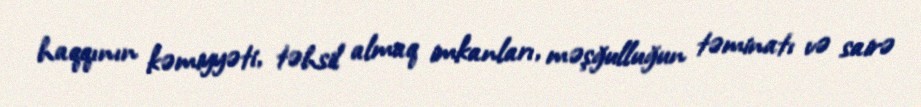
haqqının kəmiyyəti, təhsil almaq imkanları, məşğulluğun təminatı və sairə